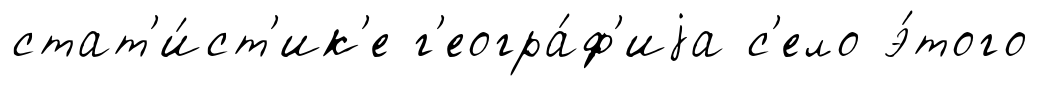
стат'и́ст'ик'е г'еогра́ф'иjа с'ело э́того